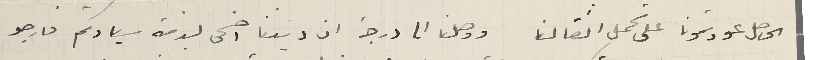
الحاصل عودتمونا على تحمل اثقالنا ووصلنا الى درجة ان ديننا اضحى بذمة سيادتكم فارجو